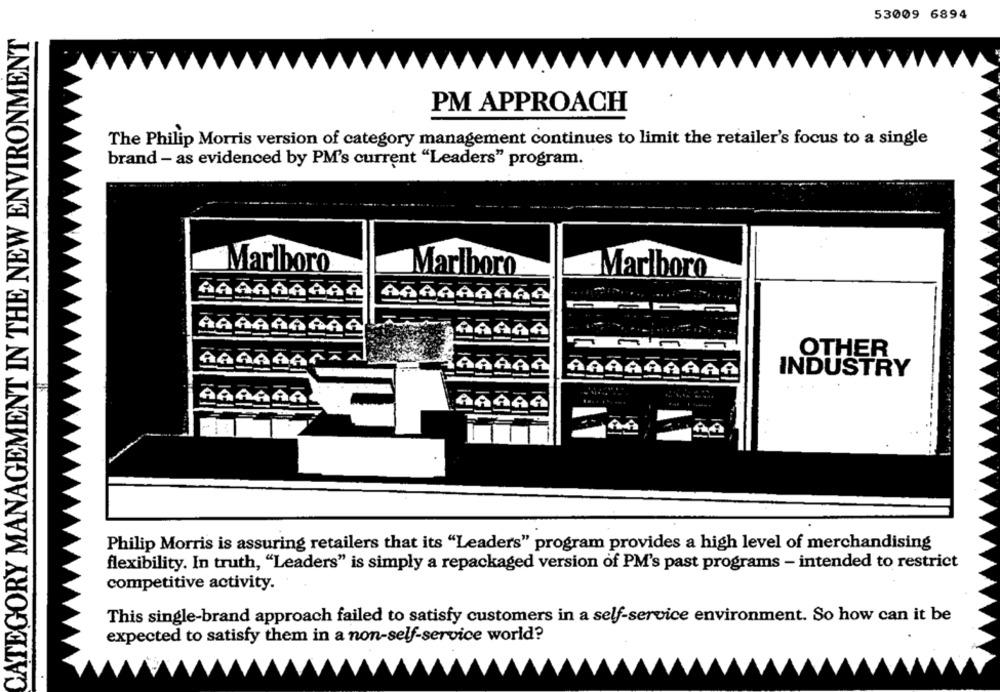
53009 6894
CATEGORY MANAGEMENT IN THE NEW ENVIRONMENT
PM APPROACH
The Philip Morris version of category management continues to limit the retailer's focus to a single
brand - as evidenced by PM's current "Leaders" program.
Marlboro
Marlboro
Marlboro
OTHER
INDUSTRY
1,44
Philip Morris is assuring retailers that its "Leaders" program provides a high level of merchandising
flexibility. In truth, "Leaders" is simply a repackaged version of PM's past programs - intended to restrict
competitive activity.
This single-brand approach failed to satisfy customers in a self-service environment. So how can it be
expected to satisfy them in a non-self-service world?